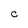
Character: C